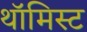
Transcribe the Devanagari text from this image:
थॉमिस्ट